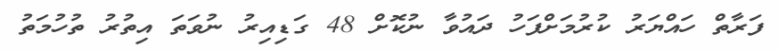
ފަރާތް ހައްޔަރު ކުރުމަށްފަހު ދައުވާ ނުކޮށް 48 ގަޑިއިރު ނުވަތަ އިތުރު ތުހުމަތު